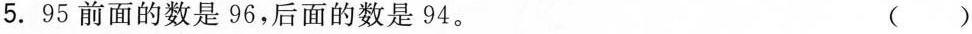
5. 95前面的数是96，后面的数是94。 ( )